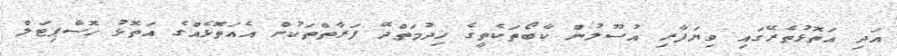
އަދި އަތޮޅުތެރޭގައި ވިޔަފާރި އުސޫލުން ކާބޯތަކެތީގެ ޚިދުމަތްދޭ ފަރާތްތަކުން އެއަތޮޅެއްގެ އަތޮޅު ހޮސްޕިޓަލް